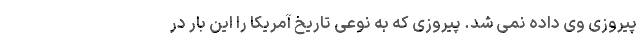
پیروزی وی داده نمی شد. پیروزی که به نوعی تاریخ آمریکا را این بار در